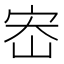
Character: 𫳁